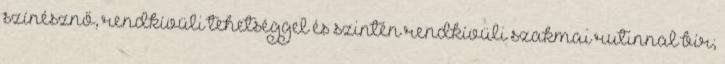
színésznő, rendkívüli tehetséggel és szintén rendkívüli szakmai rutinnal bír;